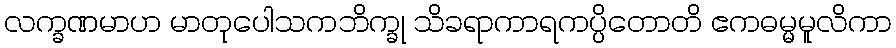
လက္ခဏမာဟ မာတုပေါသကဘိက္ခု သိခရာကာရကပ္ပိတောတိ ဧကဓမ္မမူလိကာ